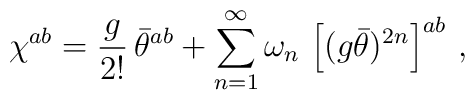
\chi^{ab}=\frac{g}{2!}\,\bar\theta^{ab}+\sum_{n=1}^\infty\omega_n\,\left[(g\bar\theta)^{2n}\right]^{ab}\,,